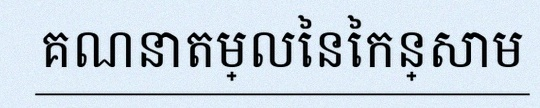
គណនាតម្លៃនៃកន្សោម